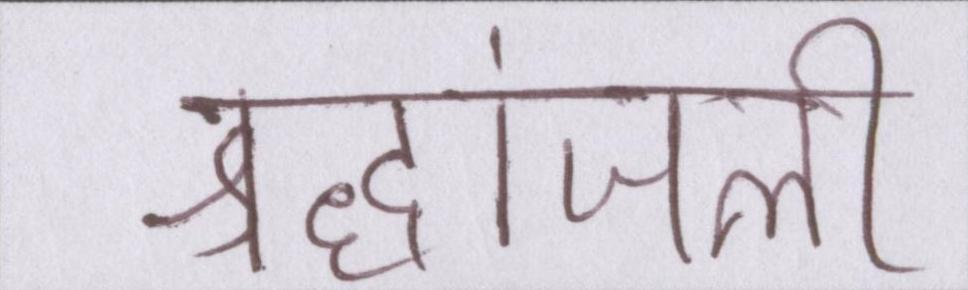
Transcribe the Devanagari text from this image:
श्रद्धांजली